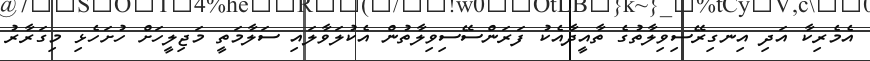
އެމެރިކާ އަދި އިނގިރޭސިވިލާތުގެ ތާއީދާއެކު ފަރަންސޭސިވިލާތުން އެކުލަވާލައި ސަލާމަތީ މަޖިލީހަށް ހުށަހެޅި މިގަރާރު